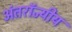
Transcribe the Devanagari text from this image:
अंतरॉज्यीय